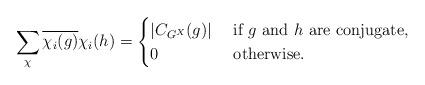
LaTeX: \begin{align*}\sum_{\chi} \overline{\chi_i(g)}\chi_i(h)=\begin{cases}|C_{G^X}(g)| & $ if $ g $ and $ h $ are conjugate,$\\0 & $ otherwise.$\end{cases}\end{align*}